Annual report on the Civil Veterinary Department, Burma (including the Insein Veterinary School) - 1923-1931
Year: 1923
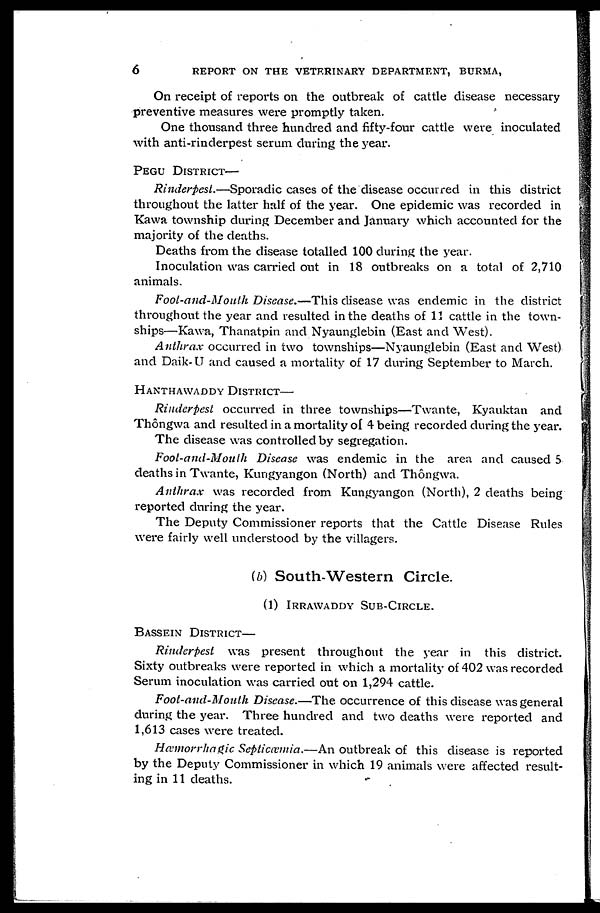
6
REPORT ON THE VETERINARY DEPARTMENT, BURMA,
On receipt of reports on the outbreak of cattle disease necessary
preventive measures were promptly taken.
One thousand three hundred and fifty-four cattle were inoculated
with anti-rinderpest serum during the year.
PEGU DISTRICT—
Rinderpest.—Sporadic cases of the disease occurred in this district
throughout the latter half of the year. One epidemic was recorded in
Kawa township during December and January which accounted for the
majority of the deaths.
Deaths from the disease totalled 100 during the year.
Inoculation was carried out in 18 outbreaks on a total of 2,710
animals.
Foot-and-Mouth Disease.—This disease was endemic in the district
throughout the year and resulted in the deaths of 11 cattle in the town-
ships—Kawa, Thanatpin and Nyaunglebin (East and West).
Anthrax occurred in two townships—Nyaunglebin (East and West)
and Daik-U and caused a mortality of 17 during September to March.
HANTHAWADDY DISTRICT—
Rinderpest occurred in three townships—Twante, Kyauktan and
Thôngwa and resulted in a mortality of 4 being recorded during the year.
The disease was controlled by segregation.
Foot-and-Mouth Disease was endemic in the area and caused 5
deaths in Twante, Kungyangon (North) and Thôngwa.
Anthrax was recorded from Kungyangon (North), 2 deaths being
reported during the year.
The Deputy Commissioner reports that the Cattle Disease Rules
were fairly well understood by the villagers.
(b) South-Western Circle.
(1) IRRAWADDY SUB-CIRCLE.
BASSEIN DISTRICT—
Rinderpest was present throughout the year in this district.
Sixty outbreaks were reported in which a mortality of 402 was recorded
Serum inoculation was carried out on 1,294 cattle.
Foot-and-Mouth Disease.—The occurrence of this disease was general
during the year. Three hundred and two deaths were reported and
1,613 cases were treated.
Hæmorrhagic Septicæmia.—An outbreak of this disease is reported
by the Deputy Commissioner in which 19 animals were affected result-
ing in 11 deaths.